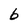
Character: b